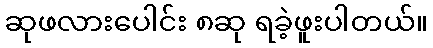
ဆုဖလားပေါင်း ၈ဆု ရခဲ့ဖူးပါတယ်။